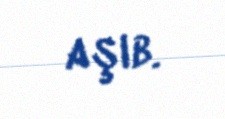
aşıb.